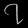
Digit: ၇